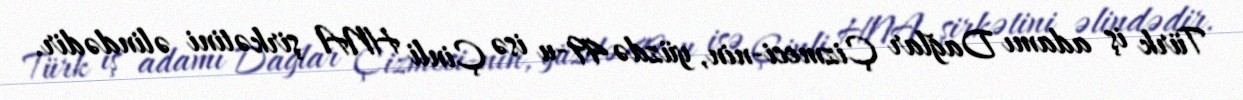
Türk iş adamı Dağlar Çizmeci-nin, yüzdə 49-u isə Çinli HNA şirkətini əlindədir.